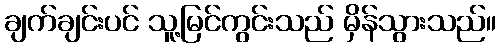
ချက်ချင်းပင် သူ့မြင်ကွင်းသည် မှိန်သွားသည်။